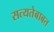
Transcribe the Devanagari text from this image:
सत्यतेबाबत